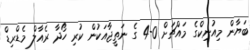
ބަޔާން މިއުނިކްގެ މައްޗަށް 0-4 ގެ ނަތީޖާއަކުން ކުރި ހޯދާ ރެއާލް މެޑްރިޑް